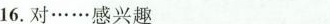
16.对……感兴趣___